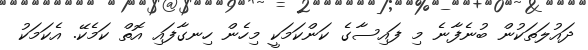
ދައުލަތަކުން ބުނެފާނެ މި ފައިސާގެ ކަންކަމަކީ މިހެން ހިނގާފައި އޮތް ކަމެކޭ. އެކަމަކު